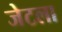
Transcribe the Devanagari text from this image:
जेटला